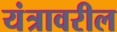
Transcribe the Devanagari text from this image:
यंत्रावरील